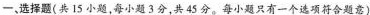
-、选择题(共15小题，每小题3分，共45分。每小题只有一个选项符合题意)